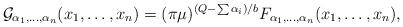
LaTeX: \begin{align*}{\cal G}_{\alpha_1,\ldots,\alpha_n}(x_1,\ldots,x_n) =(\pi\mu)^{(Q-\sum\alpha_i)/b} F_{\alpha_1,\ldots,\alpha_n}(x_1,\ldots,x_n),\end{align*}